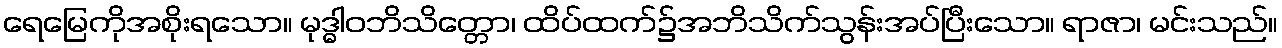
ရေမြေကိုအစိုးရသော။ မုဒ္ဓါဝဘိသိတ္တော၊ ထိပ်ထက်၌အဘိသိက်သွန်းအပ်ပြီးသော။ ရာဇာ၊ မင်းသည်။